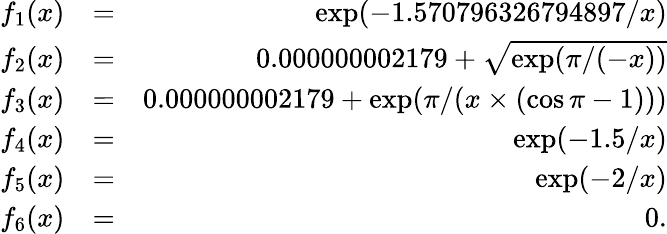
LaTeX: \begin{array}{rlr}{f_{1}(x)}&{=}&{\exp(-1.570796326794897/x)}\\ {f_{2}(x)}&{=}&{0.000000002179+\sqrt{\exp(\pi/(-x))}}\\ {f_{3}(x)}&{=}&{0.000000002179+\exp(\pi/(x\times(\cos\pi-1)))}\\ {f_{4}(x)}&{=}&{\exp(-1.5/x)}\\ {f_{5}(x)}&{=}&{\exp(-2/x)}\\ {f_{6}(x)}&{=}&{0.}\end{array}